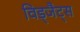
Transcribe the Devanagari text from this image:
विड्जैट्स